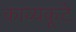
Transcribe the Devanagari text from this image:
काव्यकूटे